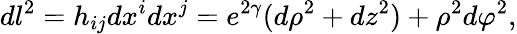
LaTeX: dl^{2}=h_{ij}dx^{i}dx^{j}=e^{2\gamma}(d\rho^{2}+dz^{2})+\rho^{2}d\varphi^{2},